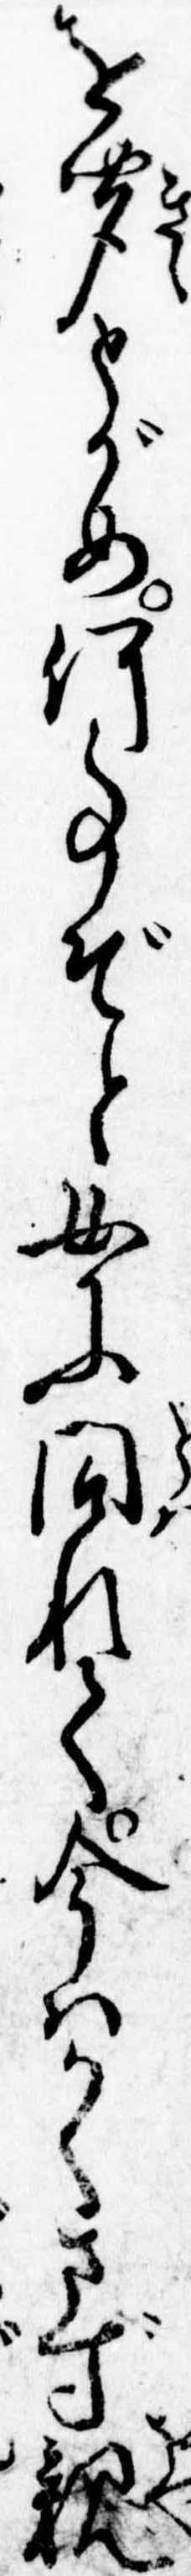
を聞とがめ何事ぞと女に問れて今はかくさず親